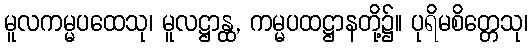
မူလကမ္မပထေသု၊ မူလဋ္ဌာန္ထ, ကမ္မပထဋ္ဌာနတို့၌။ ပုရိမစိတ္တေသု၊